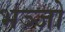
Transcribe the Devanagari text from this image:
भञ्जो